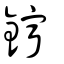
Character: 鑏